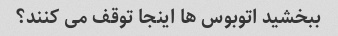
ببخشید اتوبوس ها اینجا توقف می کنند؟